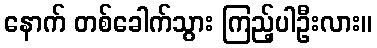
နောက် တစ်ခေါက်သွား ကြည့်ပါဦးလား။